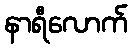
နာရီလောက်